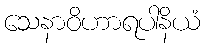
သေနာဝိဟာရပါနိယံ